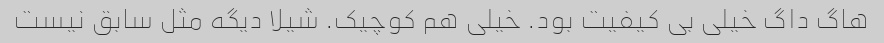
هاگ داگ خیلی بی کیفیت بود. خیلی هم کوچیک. شیلا دیگه مثل سابق نیست